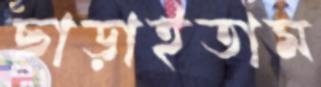
ছাড়াইতাম